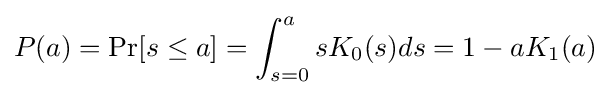
P(a)=\Pr[s\leq a]=\int _{s=0}^{a}sK_{0}(s)ds=1-aK_{1}(a)